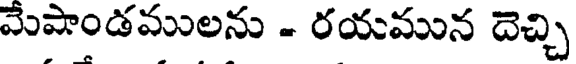
మేపాండములను - రయమున దెచ్చి